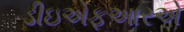
ડીઇએફઆરએ